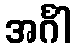
အင်္ဂါ